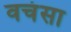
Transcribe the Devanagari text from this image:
वचंसा